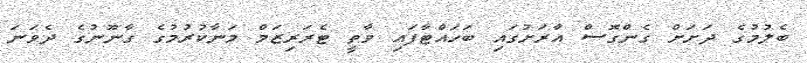
ބެލުމުގެ ދަށަށް ގެންގޮސް އާރަށުގައި ބަހައްޓާފައި ވާތީ ޓެރަރިޒަމް މަނާކުރުމުގެ ގާނޫނުގެ ދެވަނަ